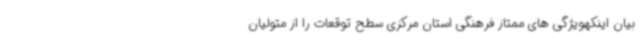
بیان اینکهویژگی های ممتاز فرهنگی استان مرکزی سطح توقعات را از متولیان